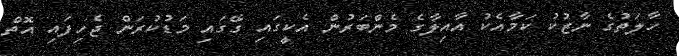
ހާލަތުގެ ނާޒުކު ކަމާއެކު އާއިލާގެ މެންބަރުން އެކީގައި ގޭގައި މަޑުކުރަން ޖެހިފައި އޮތް